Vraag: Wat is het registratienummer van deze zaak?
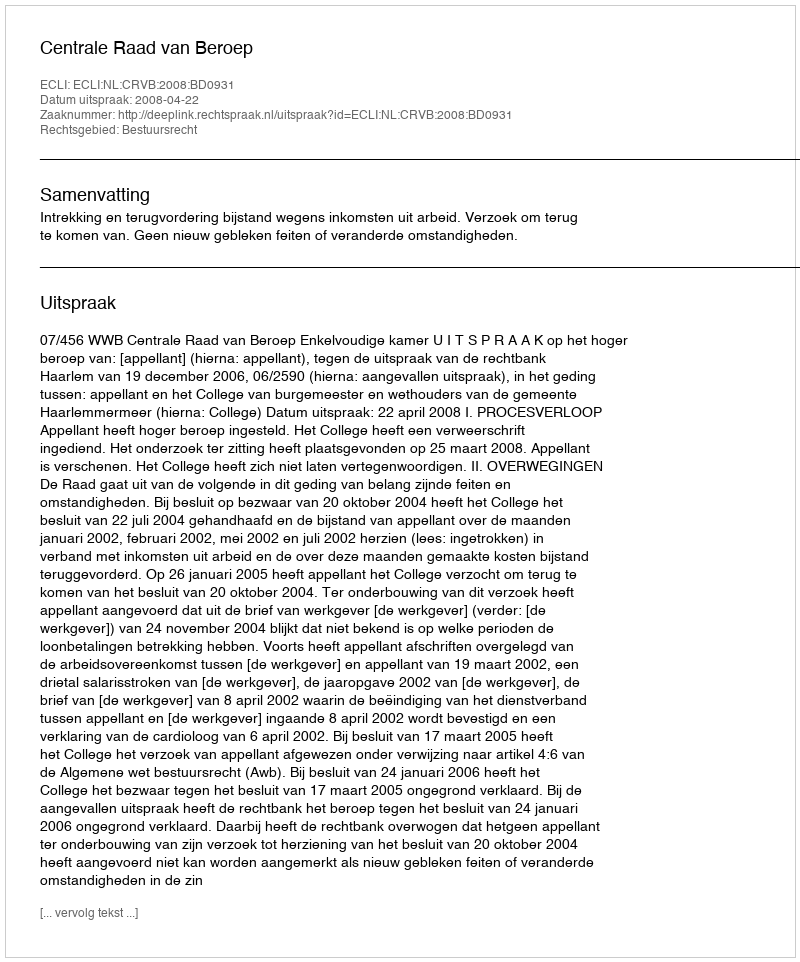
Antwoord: http://deeplink.rechtspraak.nl/uitspraak?id=ECLI:NL:CRVB:2008:BD0931